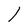
Character: l